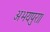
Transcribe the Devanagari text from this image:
अभयपुरा।